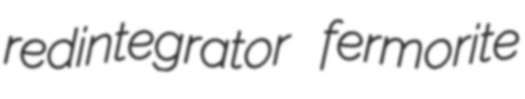
redintegrator fermorite